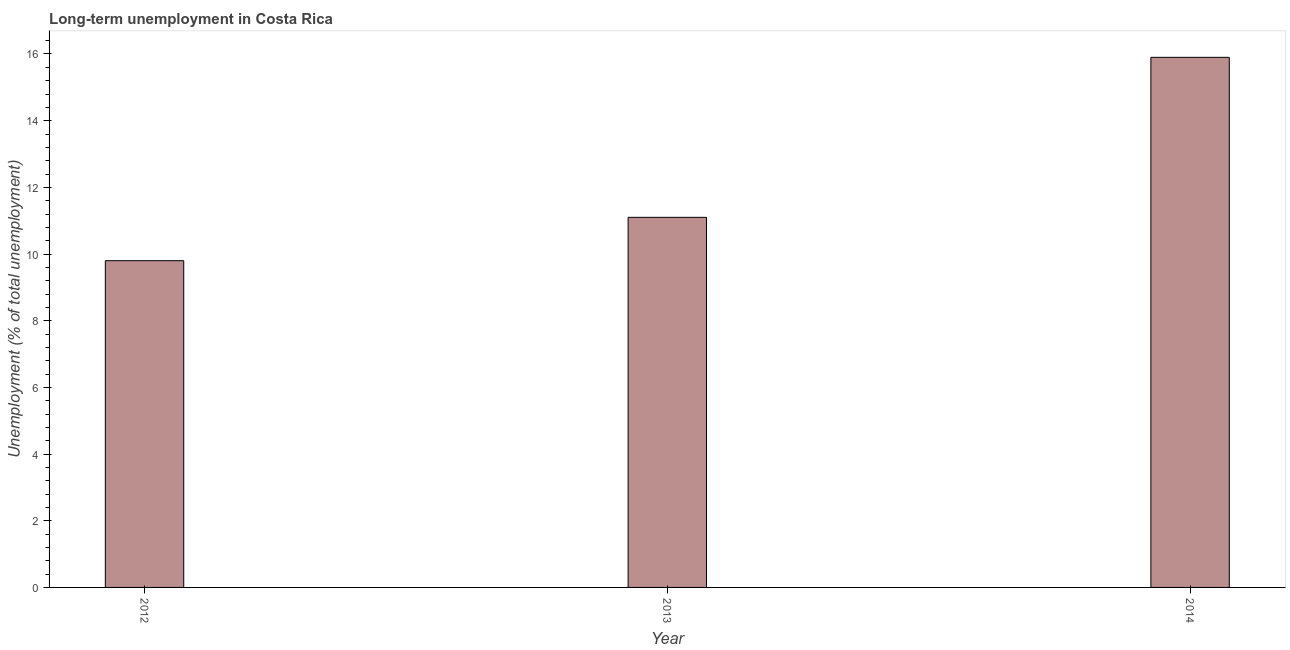
| Year | Long-term unemployment  |
 | --- | --- |
 | 2012 | 9.8 |
 | 2013 | 11.1 |
 | 2014 | 15.9 |